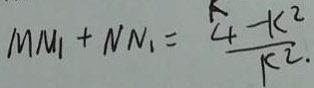
M M _ { 1 } + N N _ { 1 } = \frac { 4 - k ^ { 2 } } { k ^ { 2 } } .